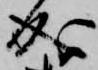
成